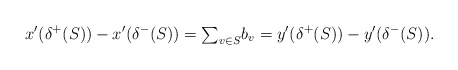
\begin{align*}x'(\delta^+(S))-x'(\delta^-(S))=\mbox{$\sum_{v\in S}$}b_v=y'(\delta^+(S))-y'(\delta^-(S)).\end{align*}